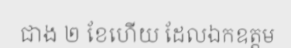
ជាង ២ ខែហើយ ដែលឯកឧត្តម